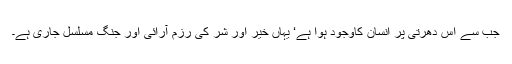
جب سے اس دھرتی پر انسان کاوجود ہوا ہے‘ یہاں خیر اور شر کی رزم آرائی اور جنگ مسلسل جاری ہے۔